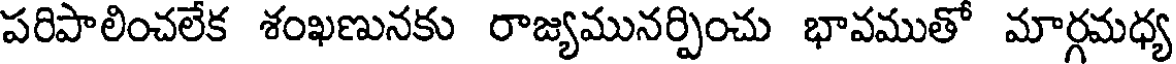
పరిపాలించలేక శంఖణునకు రాజ్యమునర్పించు భావముతో మార్గమధ్య